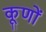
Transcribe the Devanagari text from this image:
कूणों